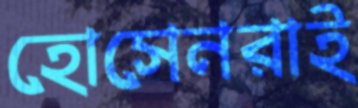
হোসেনরাই